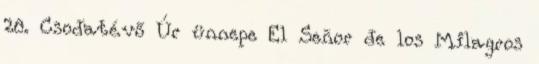
28. Csodatévő Úr ünnepe El Señor de los Milagros